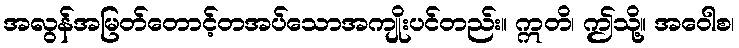
အလွန်အမြတ်တောင့်တအပ်သောအကျိုးပင်တည်း။ ဣတိ၊ ဤသို့။ အဝေါစ၊